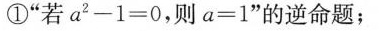
①”若$$a^{2}-1=0，则a=1”$$的逆命题；